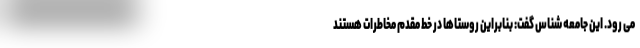
می رود. این جامعه شناس گفت: بنابراین روستاها در خط مقدم مخاطرات هستند